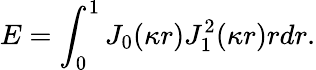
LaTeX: E=\int_{0}^{1}J_{0}(\kappa r)J_{1}^{2}(\kappa r)rdr.